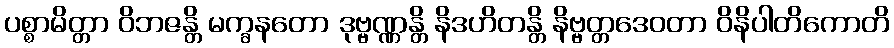
ပစ္စာမိတ္တာ ဝိဘဇန္တိ မက္ခနတော ဒုဗ္ဗဏ္ဏန္တိ နိဒဟိတန္တိ နိဗ္ဗတ္တဒေဝတာ ဝိနိပါတိကောတိ